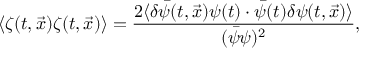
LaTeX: \langle \zeta ( t , \vec { x } ) \zeta ( t , \vec { x } ) \rangle = \frac { 2 \langle \delta \bar { \psi } ( t , \vec { x } ) \psi ( t ) \cdot \bar { \psi } ( t ) \delta \psi ( t , \vec { x } ) \rangle } { ( \bar { \psi } \psi ) ^ { 2 } } ,